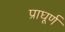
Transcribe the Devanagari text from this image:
प्राघूर्ण